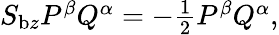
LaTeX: \begin{array}{r}{S_{\mathrm{b}z}P^{\beta}Q^{\alpha}=-\frac{1}{2}P^{\beta}Q^{\alpha},}\end{array}